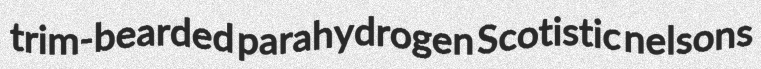
trim-bearded parahydrogen Scotistic nelsons